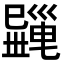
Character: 𢁎